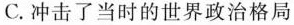
C.冲击了当时的世界政治格局